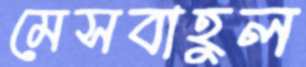
মেসবাহুল